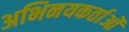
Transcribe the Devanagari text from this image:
अभिनयकर्ताओं